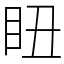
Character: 𥄨